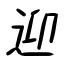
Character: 迎